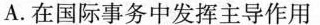
A.在国际事务中发挥主导作用